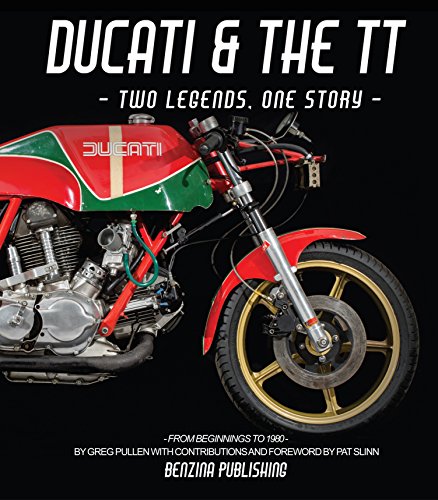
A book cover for Ducati and the TT; Greg Pullen; Sports & Outdoors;